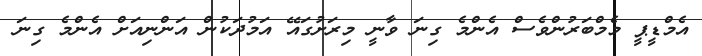
އެމްޑީޕީ މެމްބަރުންވެސް އެންމެ ގިނަ ވާނީ މިރަށުގައޭ އަމުދަކުން އަންނިއަށް އެންމެ ގިނަ